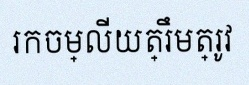
រកចម្លើយត្រឹមត្រូវ